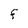
Character: F